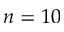
n = 1 0